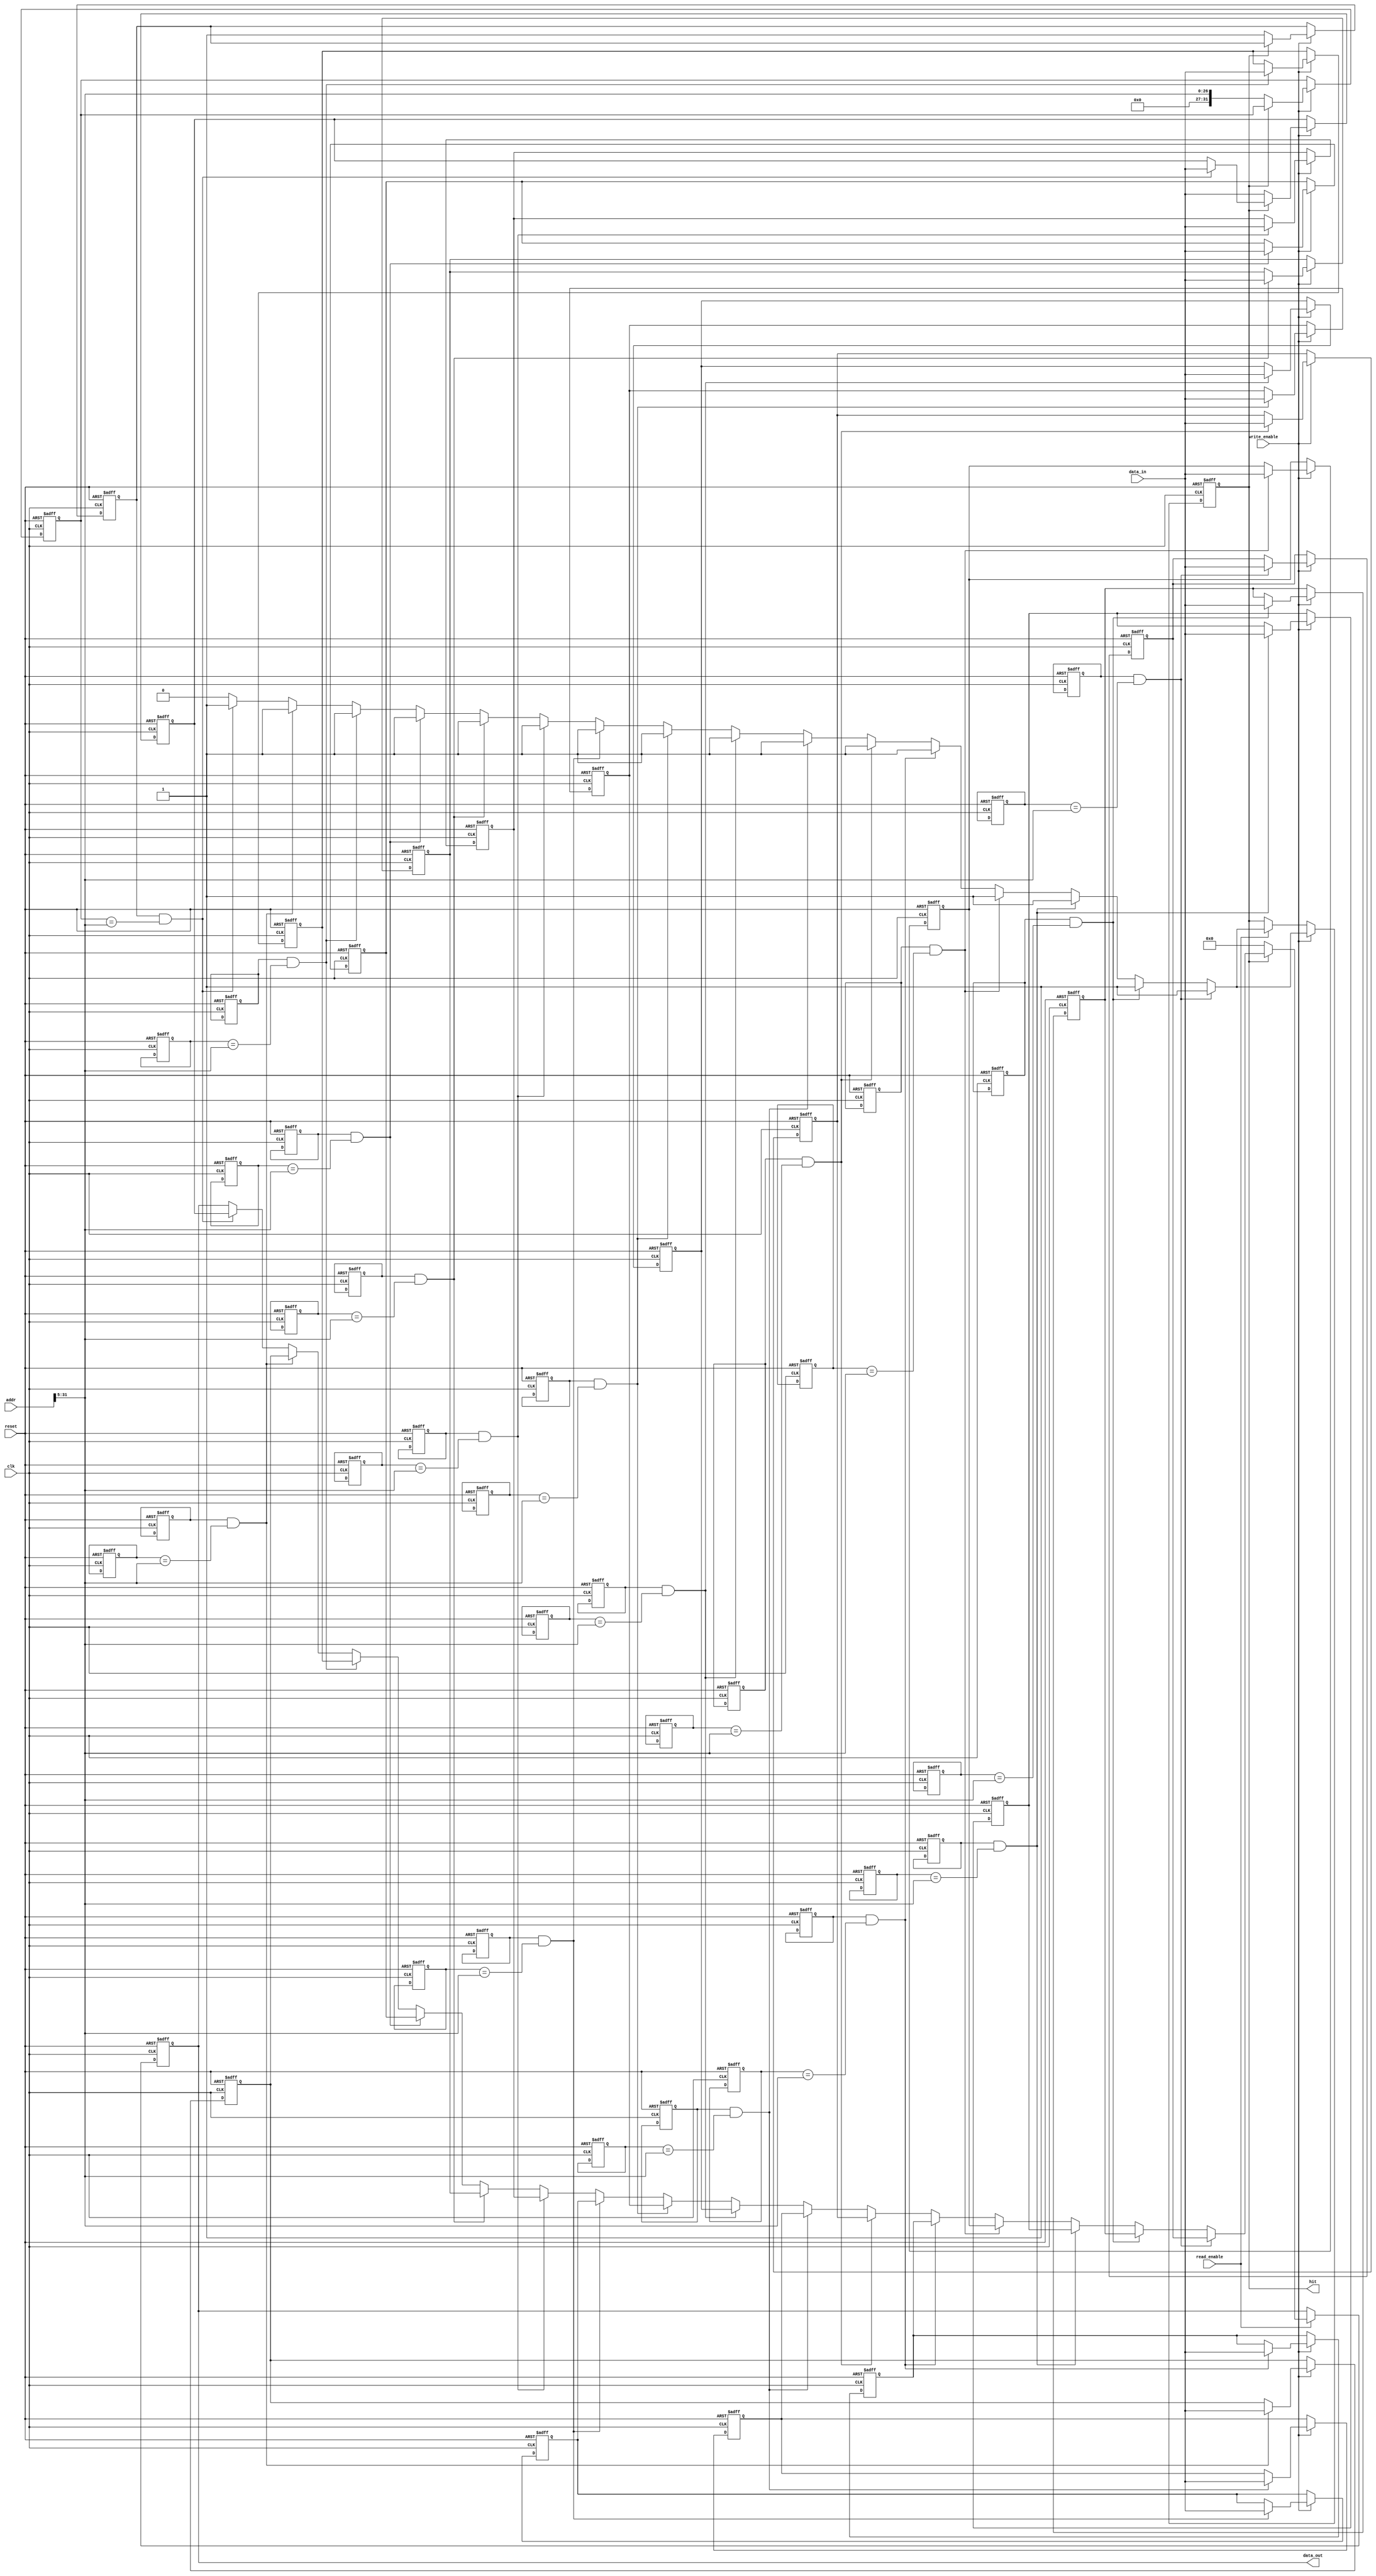
module FullyAssociativeCache #(
    parameter CACHE_SIZE = 16,      // Number of cache lines
    parameter BLOCK_SIZE = 32        // Size of each block in bits
)(
    input wire clk,
    input wire reset,
    input wire [31:0] addr,          // Address input
    input wire [BLOCK_SIZE-1:0] data_in, // Data input
    input wire read_enable,
    input wire write_enable,
    
    output reg [BLOCK_SIZE-1:0] data_out, // Data output
    output reg hit                    // Hit signal
);

    // Cache line structure
    reg [31:0] tag [0:CACHE_SIZE-1];    // Tag storage
    reg [BLOCK_SIZE-1:0] data [0:CACHE_SIZE-1]; // Data storage
    reg valid [0:CACHE_SIZE-1];        // Valid bits
    reg dirty [0:CACHE_SIZE-1];        // Dirty bits

    integer i;

    // Extract the tag from the address
    wire [31:0] tag_in = addr[31:5]; // Assuming 5 bits for block offset
    wire [4:0] block_offset = addr[4:0];

    // Cache reset logic
    always @(posedge clk or posedge reset) begin
        if (reset) begin
            for (i = 0; i < CACHE_SIZE; i = i + 1) begin
                valid[i] <= 0;
                dirty[i] <= 0;
                tag[i] <= 0;
                data[i] <= 0;
            end
            data_out <= 0;
            hit <= 0;
        end else begin
            // Read operation
            if (read_enable) begin
                hit <= 0; // Assume miss initially
                for (i = 0; i < CACHE_SIZE; i = i + 1) begin
                    if (valid[i] && (tag[i] == tag_in)) begin
                        data_out <= data[i];
                        hit <= 1; // Cache hit
                    end
                end
                if (!hit) begin
                    // Cache miss handling (e.g., fetch from memory)
                    data_out <= 0; // Placeholder for memory fetch
                end
            end
            
            // Write operation
            if (write_enable) begin
                hit <= 0; // Assume miss initially
                for (i = 0; i < CACHE_SIZE; i = i + 1) begin
                    if (valid[i] && (tag[i] == tag_in)) begin
                        data[i] <= data_in; // Update data
                        dirty[i] <= 1;      // Set dirty bit
                        hit <= 1;           // Cache hit
                    end
                end
                if (!hit) begin
                    // Cache miss handling (e.g., fetch from memory)
                    // Replacement logic would go here
                    // For simplicity, we will just replace the first line
                    data[0] <= data_in; // Write data to the first line
                    tag[0] <= tag_in;    // Update tag
                    valid[0] <= 1;       // Set valid bit
                    dirty[0] <= 1;       // Set dirty bit
                end
            end
        end
    end
endmodule